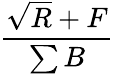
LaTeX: \frac{\sqrt{R}+F}{\sum B}